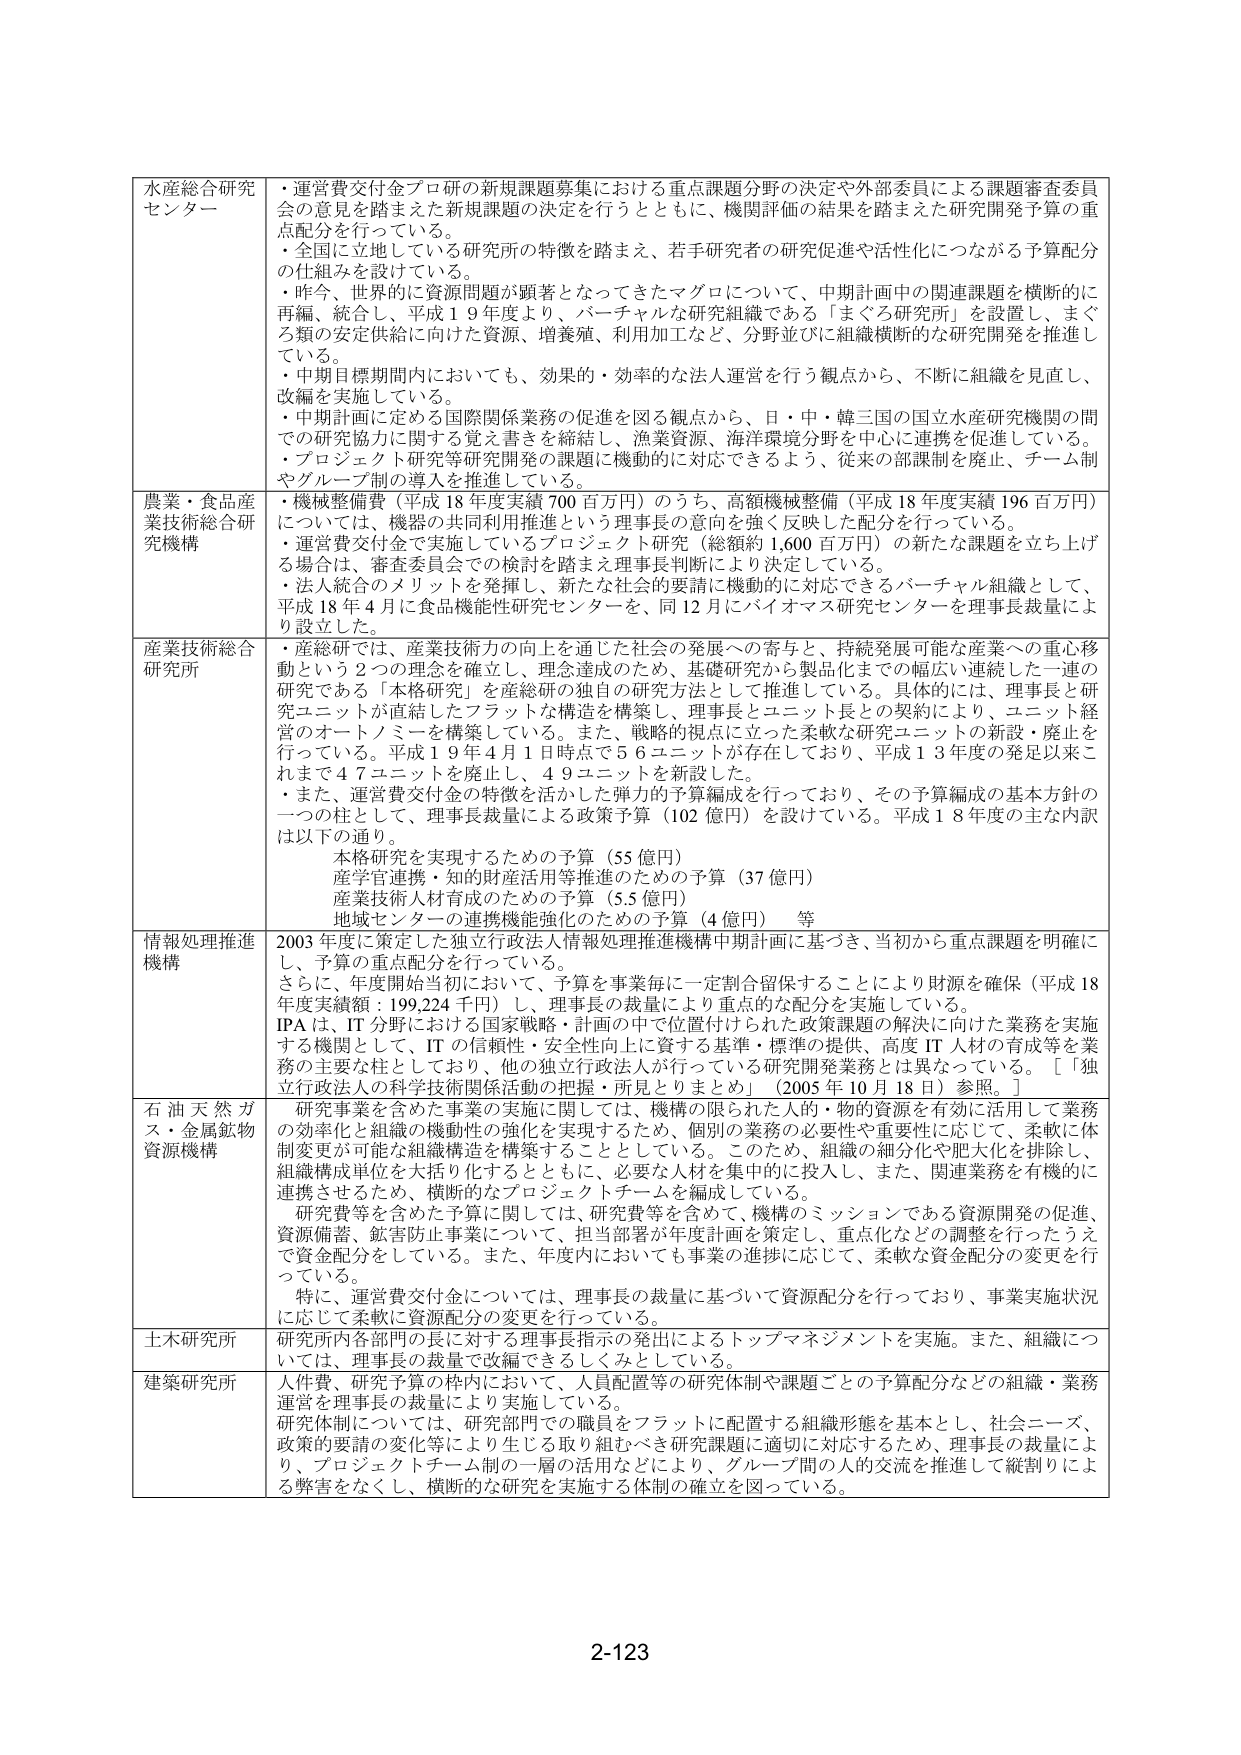
水産総合研究センター
・運営費交付金プロ研の新規課題募集における重点課題分野の決定や外部委員による課題審査委員会の意見を踏まえた新規課題の決定を行うとともに、機関評価の結果を踏まえた研究開発予算の重点配分を行っている。
・全国に立地している研究所の特徴を踏まえ、若手研究者の研究促進や活性化につながる予算配分の仕組みを設けている。
・昨今、世界的に資源問題が顕著となってきたマグロについて、中期計画中の関連課題を横断的に再編、統合し、平成１９年度より、バーチャルな研究組織である「まぐろ研究所」を設置し、まぐろ類の安定供給に向けた資源、増養殖、利用加工など、分野並びに組織横断的な研究開発を推進している。
・中期目標期間内においても、効果的・効率的な法人運営を行う観点から、不断に組織を見直し、改編を実施している。
・中期計画に定める国際関係業務の促進を図る観点から、日・中・韓三国の国立水産研究機関の間での研究協力に関する覚書を締結し、漁業資源、海洋環境分野を中心に連携を促進している。
・プロジェクト研究等研究開発の課題に機動的に対応できるよう、従来の部課制を廃止、チーム制やグループ制の導入を推進している。

農業・食品産業技術総合研究機構
・機械整備費（平成１８年度実績７００百万円）のうち、高額機械整備（平成１８年度実績１９６百万円）については、機器の共同利用推進という理事長の意向を強く反映した配分を行っている。
・運営費交付金で実施しているプロジェクト研究（総額約１,６００百万円）の新たな課題を立ち上げる場合は、審査委員会での検討を踏まえ理事長判断により決定している。
・法人統合のメリットを発揮し、新たな社会的要請に機動的に対応できるバーチャル組織として、平成１８年４月に食品機能性研究センターを、同１２月にバイオマス研究センターを理事長裁量により設立した。

産業技術総合研究所
・産総研では、産業技術力の向上を通じた社会の発展への寄与と、持続発展可能な産業への重心移動という２つの理念を確立し、理念達成のため、基礎研究から製品化までの幅広い連続した一連の研究である「本格研究」を産総研の独自の研究方法として推進している。具体的には、理事長と研究ユニットが直結したフラットな構造を構築し、理事長とユニット長との契約により、ユニット経営のオートノミーを構築している。また、戦略的視点に立った柔軟な研究ユニットの新設・廃止を行っている。平成１９年４月１日時点で５６ユニットが存在しており、平成１３年度の発足以来これまで４７ユニットを廃止し、４９ユニットを新設した。
・また、運営費交付金の特徴を活かした弾力的予算編成を行っており、その予算編成の基本方針の一つの柱として、理事長裁量による政策予算（１０２億円）を設けている。平成１８年度の主な内訳は以下の通り。
　　本格研究を実現するための予算（５５億円）
　　産学官連携・知的財産活用等推進のための予算（３７億円）
　　産業技術人材育成のための予算（５．５億円）
　　地域センターの連携機能強化のための予算（４億円）　等

情報処理推進機構
２００３年度に策定した独立行政法人情報処理推進機構中期計画に基づき、当初から重点課題を明確にし、予算の重点配分を行っている。
さらに、年度開始当初において、予算を事業毎に一定割合確保することにより財源を確保（平成１８年度実績額：１９９,２２４千円）し、理事長の裁量により重点的な配分を実施している。
IPAは、IT分野における国家戦略・計画の中で位置付けられた政策課題の解決に向けた業務を実施する機関として、ITの信頼性・安全性向上に資する基準・標準の提供、高度IT人材の育成等を業務の主要な柱としており、他の独立行政法人が行っている研究開発業務とは異なっている。［「独立行政法人の科学技術関係活動の把握・所見とりまとめ」（２００５年１０月１８日）参照。］

石油天然ガス・金属鉱物資源機構
研究事業を含めた事業の実施に関しては、機構の限られた人的・物的資源を有効に活用して業務の効率化と組織の機動性の強化を実現するため、個別の業務の必要性や重要性に応じて、柔軟に体制変更が可能な組織構造を構築することとしている。このため、組織の細分化や肥大化を排除し、組織構成単位を大括り化するとともに、必要な人材を集中的に投入し、また、関連業務を有機的に連携させるため、横断的なプロジェクトチームを編成している。
研究費等を含めた予算に関しては、研究費等を含めて、機構のミッションである資源開発の促進、資源備蓄、鉱害防止事業について、担当部署が年度計画を策定し、重点化などの調整を行ったうえで資金配分をしている。また、年度内においても事業の進捗に応じて、柔軟な資金配分の変更を行っている。
特に、運営費交付金については、理事長の裁量に基づいて資源配分を行っており、事業実施状況に応じて柔軟に資源配分の変更を行っている。

土木研究所
研究所内各部門の長に対する理事長指示によるトップマネジメントを実施。また、組織については、理事長の裁量で改編できるしくみとしている。

建築研究所
人件費、研究予算の枠内において、人員配置等の研究体制や課題ごとの予算配分などの組織・業務運営を理事長の裁量により実施している。
研究体制については、研究部門での職員をフラットに配置する組織形態を基本とし、社会ニーズ、政策的要請の変化等により生じる取り組むべき研究課題に適切に対応するため、理事長の裁量により、プロジェクトチーム制の一層の活用などにより、グループ間の人的交流を推進して縦割りによる弊害をなくし、横断的な研究を実施する体制の確立を図っている。

2-123